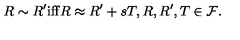
R \sim R ^ { \prime } \mathrm { i f f } R \approx R ^ { \prime } + s T , R , R ^ { \prime } , T \in { \cal F } .